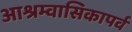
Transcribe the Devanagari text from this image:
आश्रम्वासिकापर्व